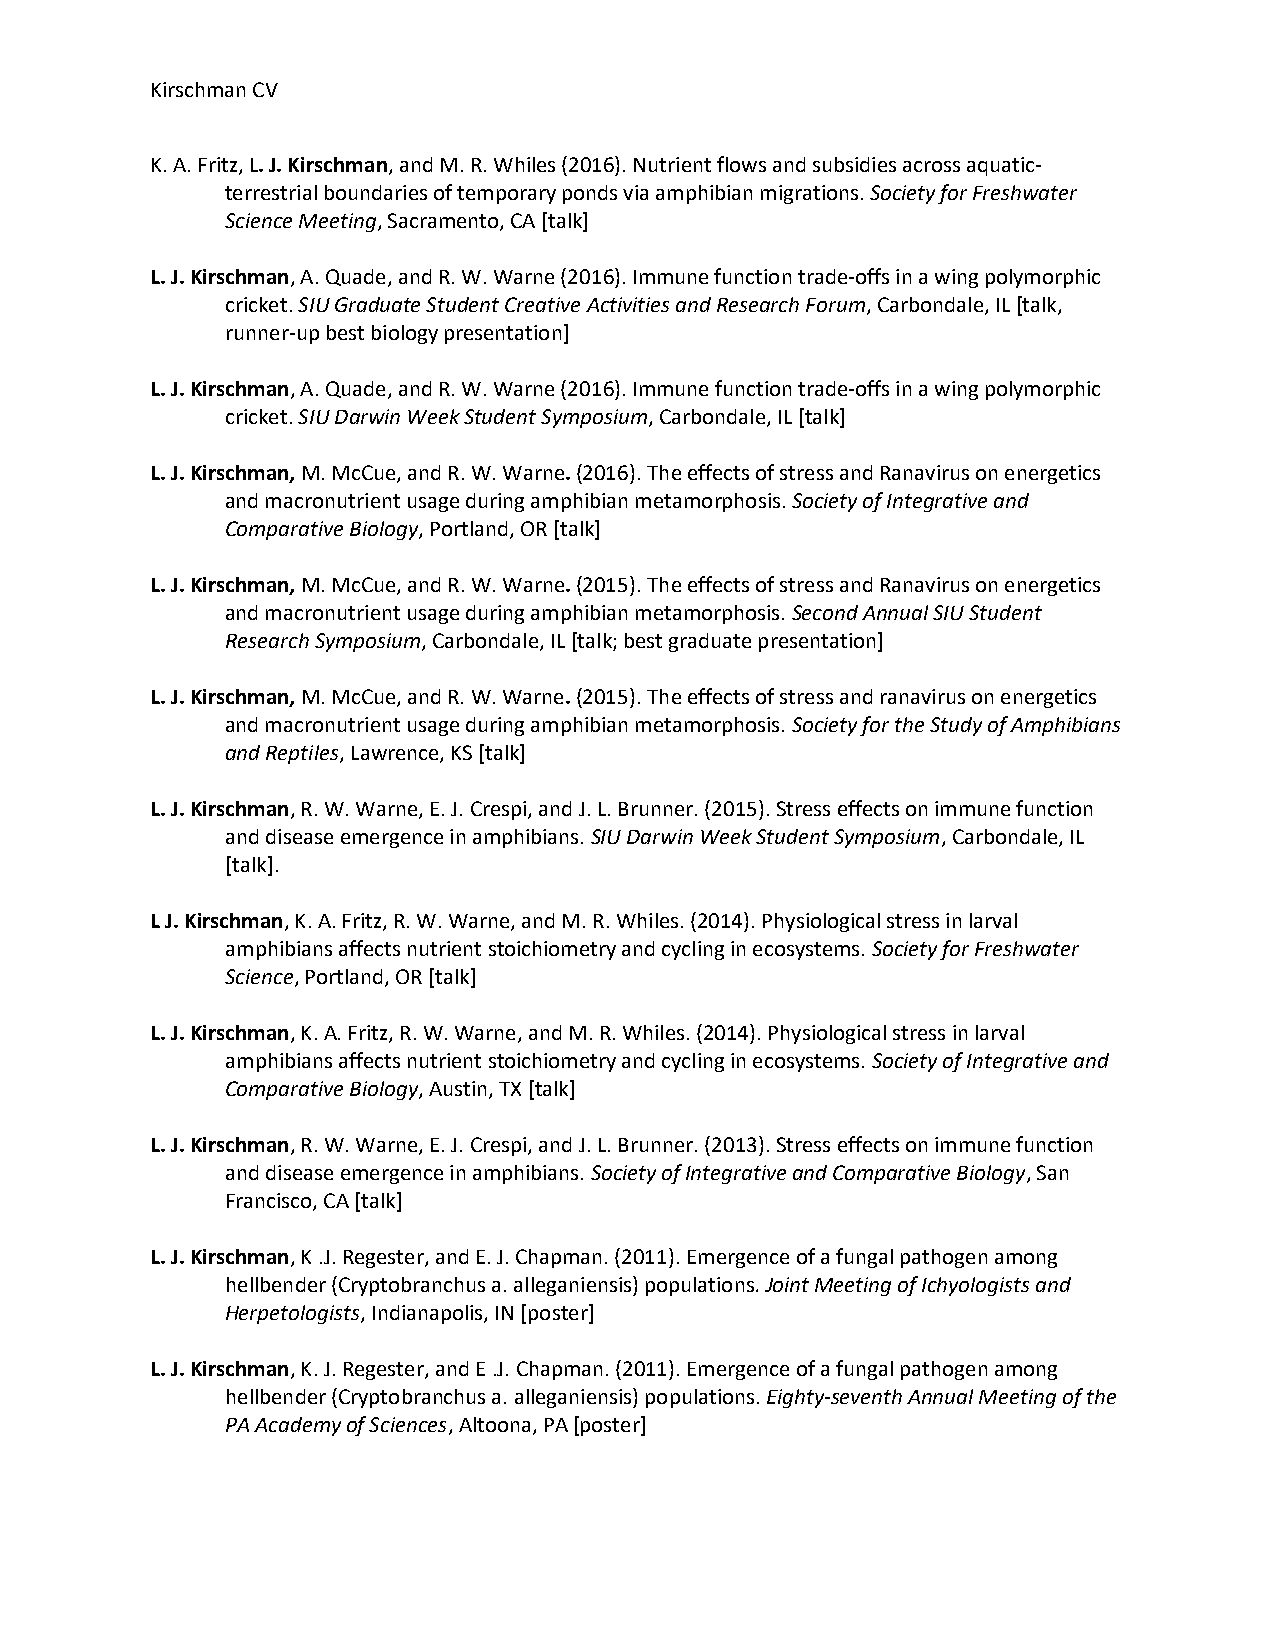
Kirschman CV
 K. A. Fritz, L. J. Kirschman, and M. R. Whiles (2016). Nutrient flows and subsidies across aquatic-
 terrestrial boundaries of temporary ponds via amphibian migrations. Society for Freshwater
 Science Meeting, Sacramento, CA [talk]
 L. J. Kirschman, A. Quade, and R. W. Warne (2016). Immune function trade-offs in a wing polymorphic
 cricket. SIU Graduate Student Creative Activities and Research Forum, Carbondale, IL [talk,
 runner-up best biology presentation]
 L. J. Kirschman, A. Quade, and R. W. Warne (2016). Immune function trade-offs in a wing polymorphic
 cricket. SIU Darwin Week Student Symposium, Carbondale, IL [talk]
 L. J. Kirschman, M. McCue, and R. W. Warne. (2016). The effects of stress and Ranavirus on energetics
 and macronutrient usage during amphibian metamorphosis. Society of Integrative and
 Comparative Biology, Portland, OR [talk]
 L. J. Kirschman, M. McCue, and R. W. Warne. (2015). The effects of stress and Ranavirus on energetics
 and macronutrient usage during amphibian metamorphosis. Second Annual SIU Student
 Research Symposium, Carbondale, IL [talk; best graduate presentation]
 L. J. Kirschman, M. McCue, and R. W. Warne. (2015). The effects of stress and ranavirus on energetics
 and macronutrient usage during amphibian metamorphosis. Society for the Study of Amphibians
 and Reptiles, Lawrence, KS [talk]
 L. J. Kirschman, R. W. Warne, E. J. Crespi, and J. L. Brunner. (2015). Stress effects on immune function
 and disease emergence in amphibians. SIU Darwin Week Student Symposium, Carbondale, IL
 [talk].
 L J. Kirschman, K. A. Fritz, R. W. Warne, and M. R. Whiles. (2014). Physiological stress in larval
 amphibians affects nutrient stoichiometry and cycling in ecosystems. Society for Freshwater
 Science, Portland, OR [talk]
 L. J. Kirschman, K. A. Fritz, R. W. Warne, and M. R. Whiles. (2014). Physiological stress in larval
 amphibians affects nutrient stoichiometry and cycling in ecosystems. Society of Integrative and
 Comparative Biology, Austin, TX [talk]
 L. J. Kirschman, R. W. Warne, E. J. Crespi, and J. L. Brunner. (2013). Stress effects on immune function
 and disease emergence in amphibians. Society of Integrative and Comparative Biology, San
 Francisco, CA [talk]
 L. J. Kirschman, K .J. Regester, and E. J. Chapman. (2011). Emergence of a fungal pathogen among
 hellbender (Cryptobranchus a. alleganiensis) populations. Joint Meeting of Ichyologists and
 Herpetologists, Indianapolis, IN [poster]
 L. J. Kirschman, K. J. Regester, and E .J. Chapman. (2011). Emergence of a fungal pathogen among
 hellbender (Cryptobranchus a. alleganiensis) populations. Eighty-seventh Annual Meeting of the
 PA Academy of Sciences, Altoona, PA [poster]